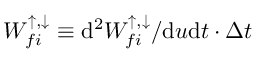
W _ { f i } ^ { \uparrow , \downarrow } \equiv \mathrm { d ^ { 2 } } W _ { f i } ^ { \uparrow , \downarrow } / \mathrm { d } u \mathrm { d } t \cdot \Delta t